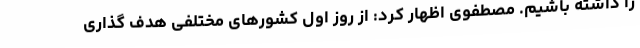
را داشته باشیم. مصطفوی اظهار کرد: از روز اول کشورهای مختلفی هدف گذاری